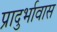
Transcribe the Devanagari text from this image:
प्रादुर्भावास